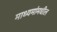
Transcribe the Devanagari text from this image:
माध्यमांमधील